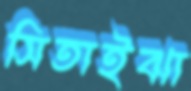
সিতাইঝা